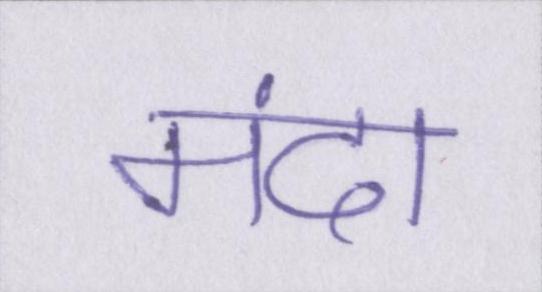
मंदा